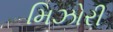
મિઝોરી